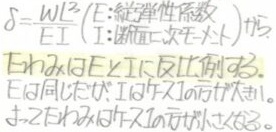
\(\delta=\frac{WL^{3}}{EI}\)（\(E\)：縦弾性係数、\(I\)：断面二次モーメント）とある。

\(E\)は鋼では\(2.1\times 10^{11}\text{Pa}\)、\(I\)は丸棒では\(\frac{\pi d^{4}}{64}\)である。

\(E\)は同じでも、\(I\)が大きいほど\(\delta\)は小さくなる。

\(\delta\)を小さくするには\(I\)を大きくする必要がある。